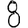
Digit: 8